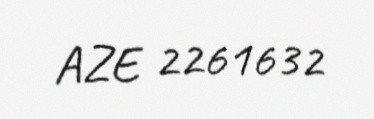
AZE 2261632